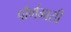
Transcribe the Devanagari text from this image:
पौर्णमासी